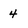
Character: 4